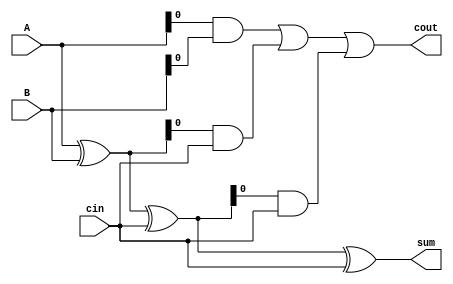
module carry_bypass_adder (
    input wire [31:0] A, 
    input wire [31:0] B,
    input wire cin,
    output wire [31:0] sum,
    output wire cout
);

wire [31:0] x, y, p, g;

assign x = A ^ B;
assign y = A & B;
assign p = x ^ cin;
assign g = y | (x & cin);

assign sum = p ^ cin;
assign cout = g | (p & cin);

endmodule